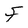
Character: F